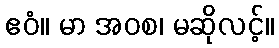
ဧဝံ။ မာ အဝစ၊ မဆိုလင့်။